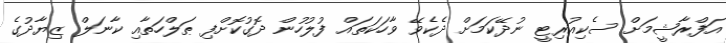
އަފްރާޝީމަށް ސެކިއުރިޓީ ނުދޭކަމަށް ދެކެވޭ ވާހަކަތައް ފުލުހުން ދޮގުކޮށްފި ޠަލްހަތާއި ކާނަލް ޒިޔާދުގެ